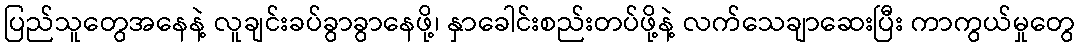
ပြည်သူတွေအနေနဲ့ လူချင်းခပ်ခွာခွာနေဖို့၊ နှာခေါင်းစည်းတပ်ဖို့နဲ့ လက်သေချာဆေးပြီး ကာကွယ်မှုတွေ